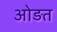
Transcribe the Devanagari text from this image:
ओड़त